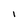
Character: I